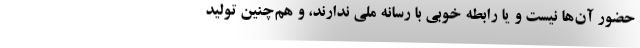
حضور آن‌ها نیست و یا رابطه خوبی با رسانه ملی ندارند، و هم‌چنین تولید